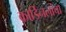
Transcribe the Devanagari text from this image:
कार्डिनलांचा